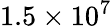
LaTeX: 1.5\times 10^{7}